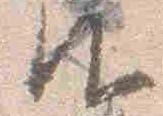
御